Document type: Sale
Year: 1451
Scribe: [Unknown]
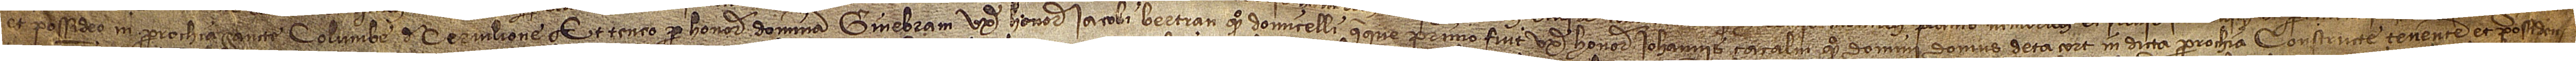
et possideo in parrochia Sancte Columbe de Cervilione et teneo pro honorabilem dominam Ginebram, uxorem honorabilis Iacobi Bertran, quondam, domicelli, queque primo fuit uxor honorabilis Iohannis Çacalm, quondam, domini domus de Çacort, in dicta parrochia constructe, tenentem et possiden-